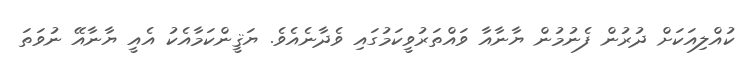
ކުއްލިއަކަށް ދުރުން ފެނުމުން ޔާނާއާ ވައްތަރުވީކަމުގައި ވެދާނެއެވެ. ޔަޤީންކަމާއެކު އެއީ ޔާނާއޭ ނުވަތަ